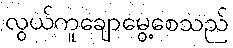
လွယ်ကူချောမွေ့စေသည်